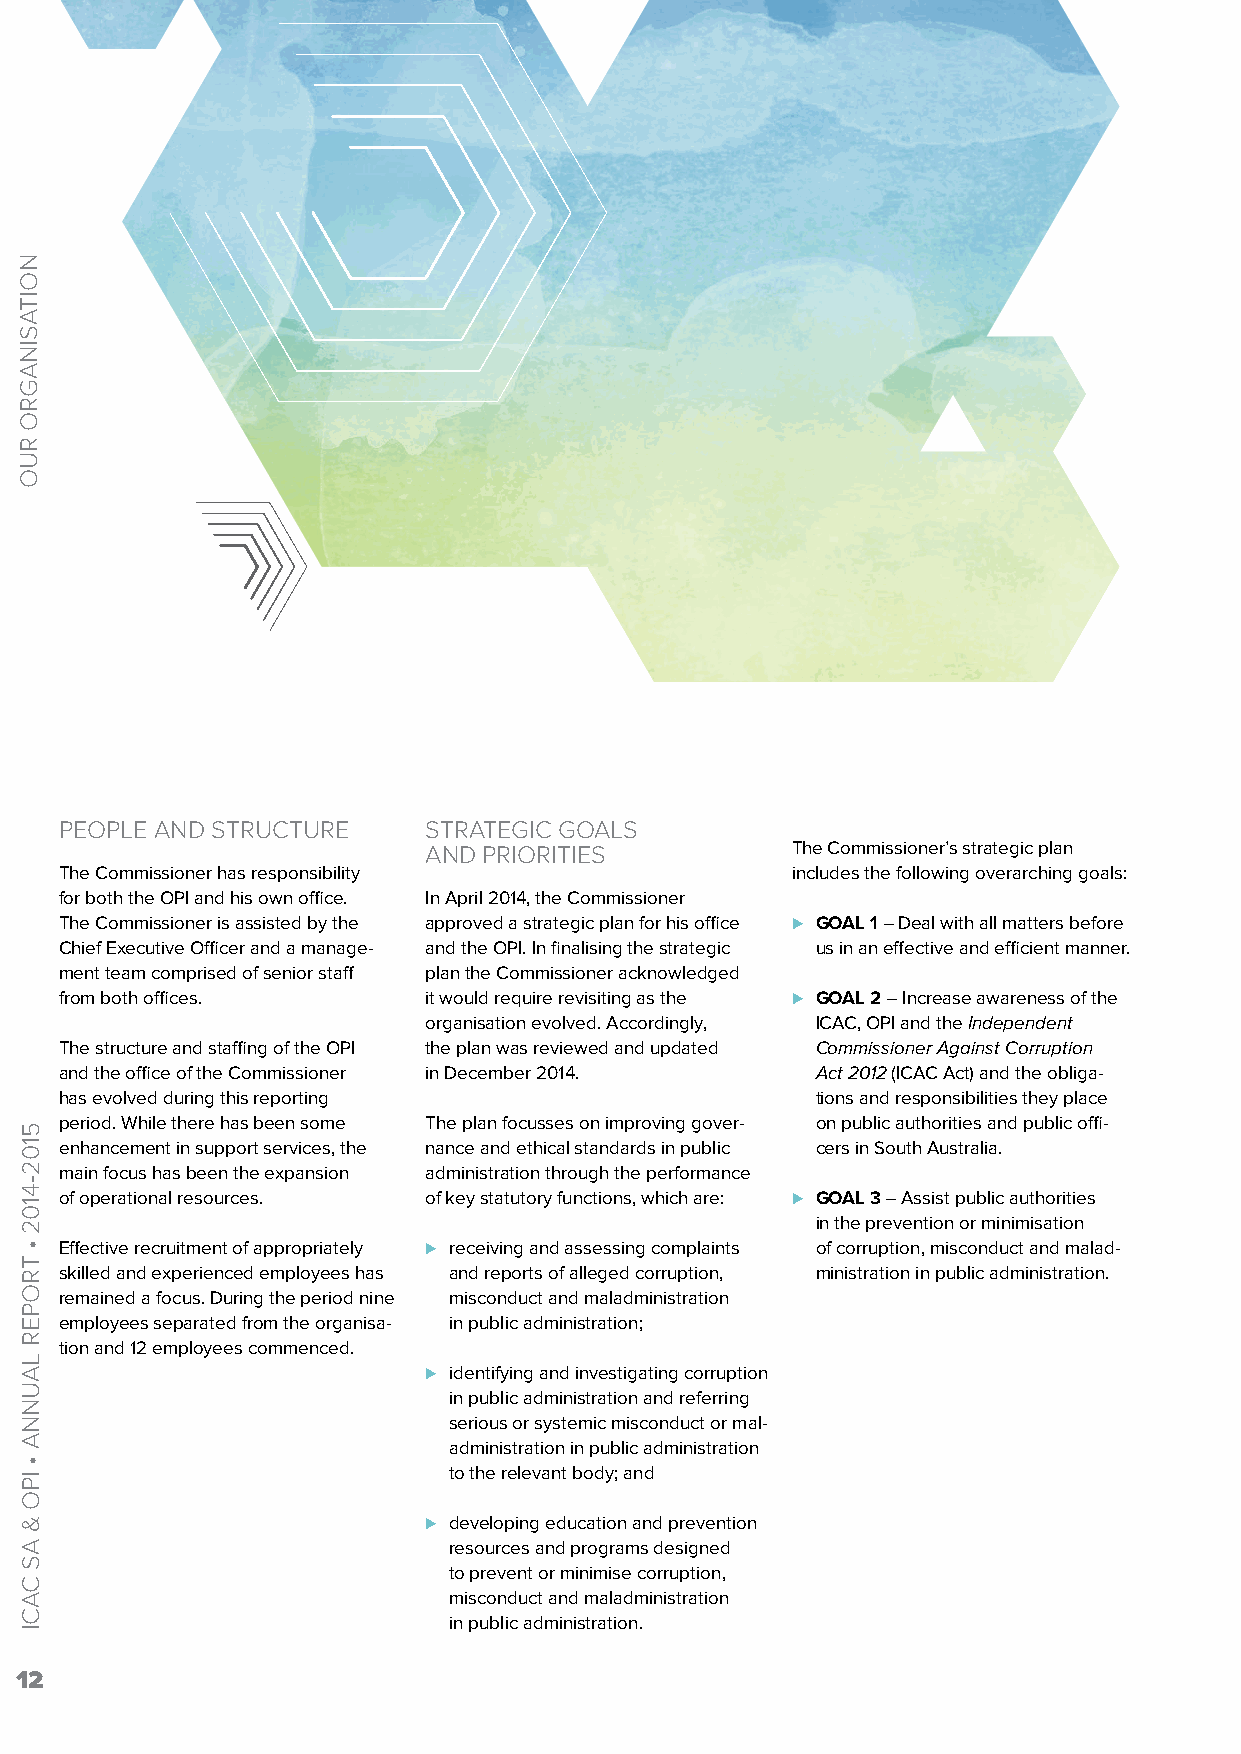
PEOPLE AND STRUCTURE    STRATEGIC GOALS
 AND PRIORITIES          The Commissioner’s strategic plan
 The Commissioner has responsibility             includes the following overarching goals:
 for both the OPI and his own office. In April 2014, the Commissioner
 The Commissioner is assisted by the approved a strategic plan for his office ⊲ GOAL 1 – Deal with all matters before
 Chief Executive Officer and a manage- and the OPI. In finalising the strategic us in an effective and efficient manner.
 ment team comprised of senior staff plan the Commissioner acknowledged
 from both offices.      it would require revisiting as the ⊲ GOAL 2 – Increase awareness of the
 organisation evolved. Accordingly, ICAC, OPI and the Independent
 The structure and staffing of the OPI the plan was reviewed and updated Commissioner Against Corruption
 and the office of the Commissioner in December 2014. Act 2012 (ICAC Act) and the obliga-
 has evolved during this reporting                 tions and responsibilities they place
 period. While there has been some The plan focusses on improving gover- on public authorities and public offi-
 enhancement in support services, the nance and ethical standards in public cers in South Australia.
 main focus has been the expansion administration through the performance
 of operational resources. of key statutory functions, which are: ⊲ GOAL 3 – Assist public authorities
 in the prevention or minimisation
 Effective recruitment of appropriately ⊲ receiving and assessing complaints of corruption, misconduct and malad-
 skilled and experienced employees has and reports of alleged corruption, ministration in public administration.
 remained a focus. During the period nine misconduct and maladministration
 employees separated from the organisa- in public administration;
 tion and 12 employees commenced.
 ⊲ identifying and investigating corruption
 in public administration and referring
 serious or systemic misconduct or mal-
 administration in public administration
 to the relevant body; and
 ⊲ developing education and prevention
 resources and programs designed
 to prevent or minimise corruption,
 misconduct and maladministration
 in public administration.
 12
 NOITASINAGRO
 RUO
 5102-4102
 •
 TROPER
 LAUNNA
 •
 IPO
 &
 AS
 CACI